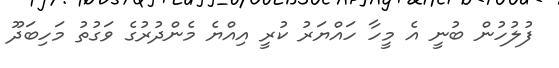
ފުލުހުން ބުނީ އެ މީހާ ހައްޔަރު ކުރީ އިއްޔެ މެންދުރުގެ ވަގުތު މަހިބަދޫ